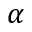
\alpha